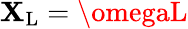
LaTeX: \mathbf{X}_{\mathrm{{L}}}=\omegaL